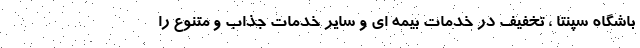
باشگاه سپنتا ، تخفيف در خدمات بيمه اي و ساير خدمات جذاب و متنوع را